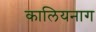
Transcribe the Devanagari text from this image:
कालियनाग